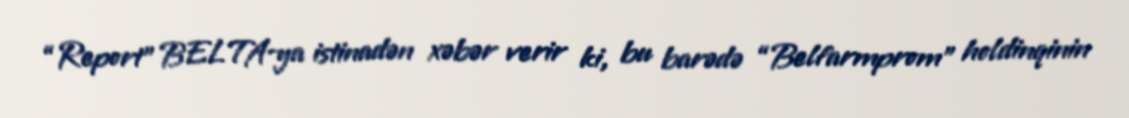
“Report” BELTA-ya istinadən xəbər verir ki, bu barədə “Belfarmprom” holdinqinin